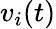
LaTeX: v_{i}(t)